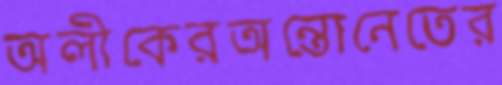
অলীকেরঅন্তোনেতের